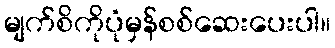
မျက်စိကိုပုံမှန်စစ်ဆေးပေးပါ။